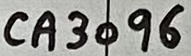
Text: CA3096